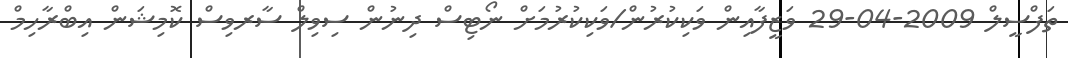
ތަފްސީލް 2009-04-29 ވަޒީފާއިން ވަކިކުރުން/ވަކިކުރުމަށް ނޯޓިސް ދިނުން ސިވިލް ސާރވިސް ކޮމިޝަން އިބްރާހިމް